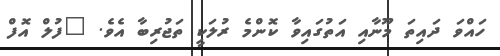
ހައްވަ ދައިތަ މޫނާއި އަތުގައިވާ ކޮންމެ ރުލަކީ ތަޖުރިބާ އެވެ. "ފުލް އޮފް